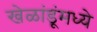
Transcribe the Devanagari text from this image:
खेळांडूंमध्ये